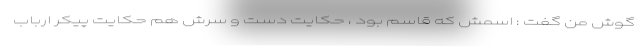
گوش من گفت : اسمش که قاسم بود ، حکایت دست و سرش هم حکایت پیکر ارباب